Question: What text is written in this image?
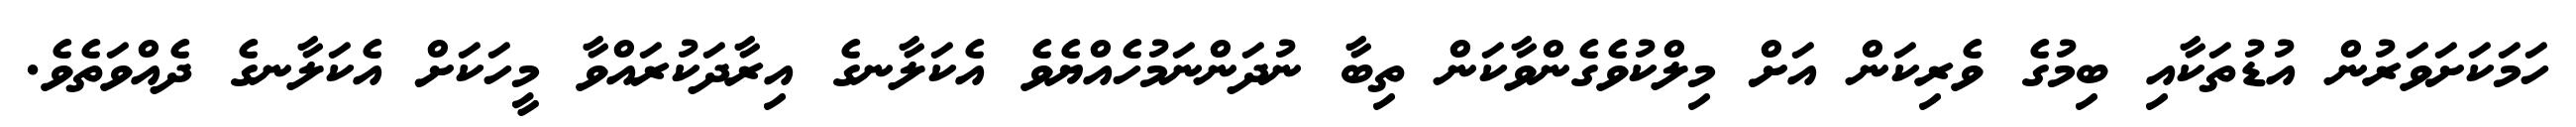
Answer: ހަމަކަށަވަރުން އުޑުތަކާއި ބިމުގެ ވެރިކަން އަށް މިލްކުވެގެންވާކަން ތިބާ ނުދަންނަމުހެއްޔެވެ އެކަލާނގެ އިރާދަކުރައްވާ މީހަކަށް އެކަލާނގެ ދެއްވަތެވެ.